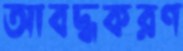
আবদ্ধকরণ